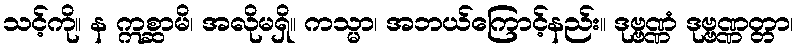
သင့်ကို။ န ဣစ္ဆာမိ၊ အလိုမရှိ။ ကသ္မာ၊ အဘယ်ကြောင့်နည်း။ ဒုဗ္ဗဏ္ဏံ ဒုဗ္ဗဏ္ဏတ္တာ၊